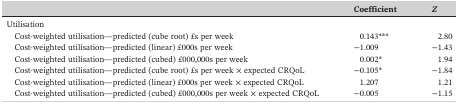
|  | Coefficient | Z |
 | --- | --- | --- |
 | Utilisation |  |  |
 | Cost‐weighted utilisation—predicted (cube root) £s per week | 0.143*** | 2.80 |
 | Cost‐weighted utilisation—predicted (linear) £000s per week | −1.009 | −1.43 |
 | Cost‐weighted utilisation—predicted (cubed) £000,000s per week | 0.002* | 1.94 |
 | Cost‐weighted utilisation—predicted (cube root) £s per week × expected CRQoL | −0.105* | −1.84 |
 | Cost‐weighted utilisation—predicted (linear) £000s per week × expected CRQoL | 1.207 | 1.21 |
 | Cost‐weighted utilisation—predicted (cubed) £000,000s per week × expected CRQoL | −0.005 | −1.15 |